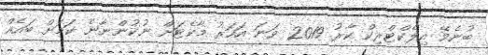
ބުނެވޭ އިލެކްޓްރިކް ކާރު 2019 ވަނަ އަހަރު މާކެޓަށް ނުކުންނާނެ ކަމަށް ބައެއް